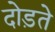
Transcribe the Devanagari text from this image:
दोड़ते